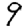
Digit: 9